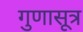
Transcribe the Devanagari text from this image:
गुणासूत्र